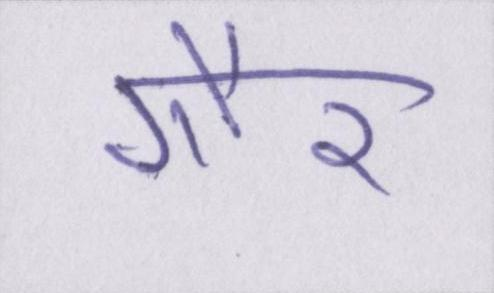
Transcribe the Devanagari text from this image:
गौर